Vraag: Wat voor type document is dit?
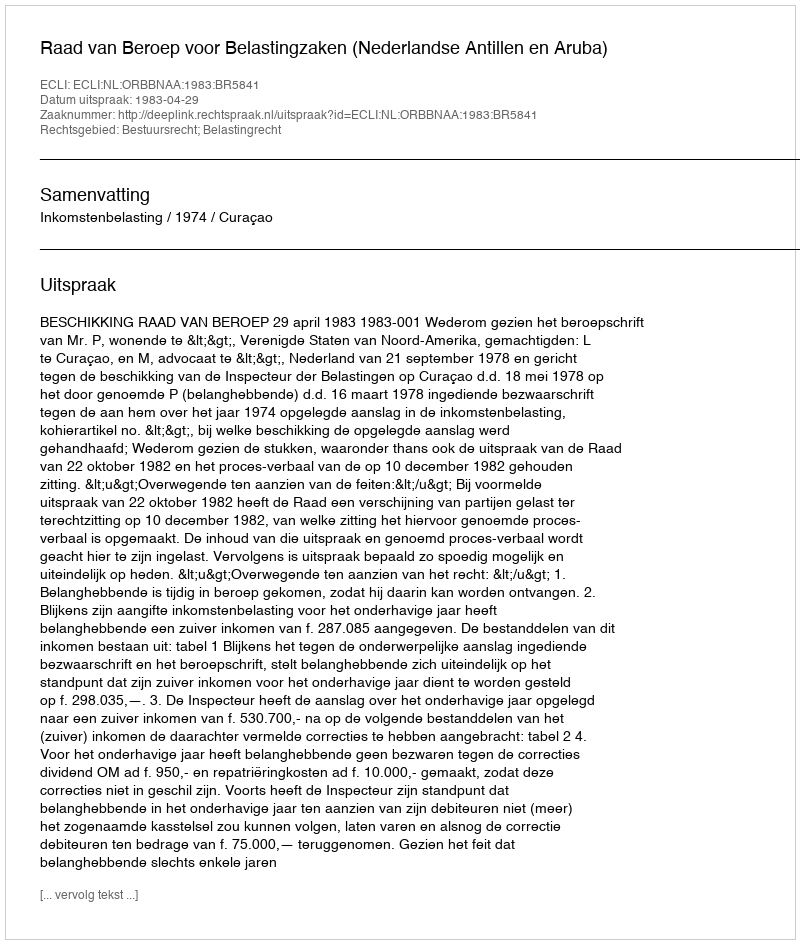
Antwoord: Uitspraak